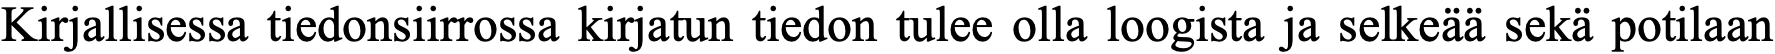
Kirjallisessa tiedonsiirrossa kirjatun tiedon tulee olla loogista ja selkeää sekä potilaan